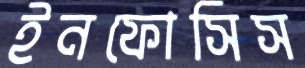
ইনফোসিস